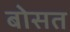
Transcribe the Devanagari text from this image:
बोसत